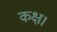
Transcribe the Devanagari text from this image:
कक्ष।